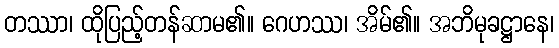
တဿာ၊ ထိုပြည့်တန်ဆာမ၏။ ဂေဟဿ၊ အိမ်၏။ အဘိမုခဋ္ဌာနေ၊